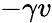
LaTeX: -\gamma v